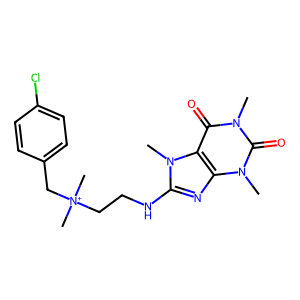
SMILES: Cn1c(=O)c2c(nc(NCC[N+](C)(C)Cc3ccc(Cl)cc3)n2C)n(C)c1=O
Inhibits HIV replication: No